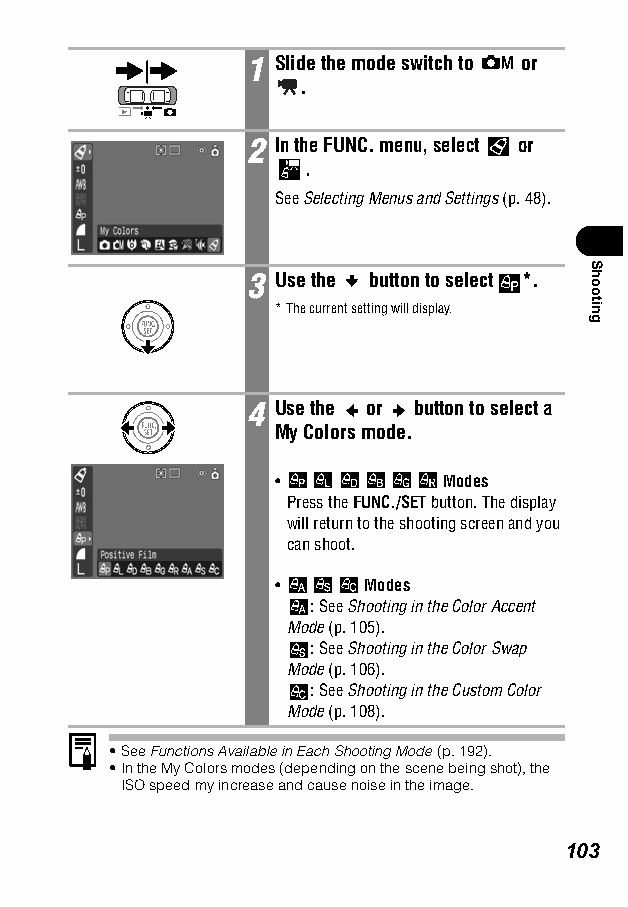
1 Slide the mode switch to or
 .
 2 In the FUNC. menu, select or
 .
 SeeSelecting Menus and Settings (p. 48).
 3 Use the button to select *.
 *The current setting will display.
 4 Use the or button to select a
 My Colors mode.
 •          Modes
 Press the FUNC./SET button. The display
 will return to the shooting screen and you
 can shoot.
 •     Modes
 : See Shooting in the Color Accent
 Mode (p. 105).
 : See Shooting in the Color Swap
 Mode (p. 106).
 : See Shooting in the Custom Color
 Mode (p. 108).
 •See Functions Available in Each Shooting Mode (p. 192).
 •In the My Colors modes (depending on the scene being shot), the
 ISO speed my increase and cause noise in the image.
 103
 Shooting